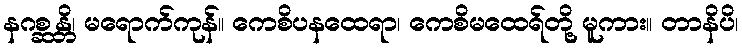
နဂစ္ဆန္တိ၊ မရောက်ကုန်။ ကေစိပနထေရာ၊ ကေစိမထေရ်တို့ မူကား။ တာနိပိ၊